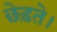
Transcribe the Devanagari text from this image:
छेड़ते।